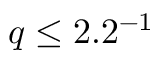
q \leq 2 . 2 \AA ^ { - 1 }